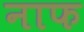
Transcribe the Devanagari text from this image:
नाफ